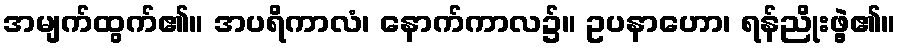
အမျက်ထွက်၏။ အပရိကာလံ၊ နောက်ကာလ၌။ ဥပနာဟော၊ ရန်ညိုးဖွဲ့၏။